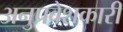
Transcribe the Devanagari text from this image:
अनुप्रवेशकारी